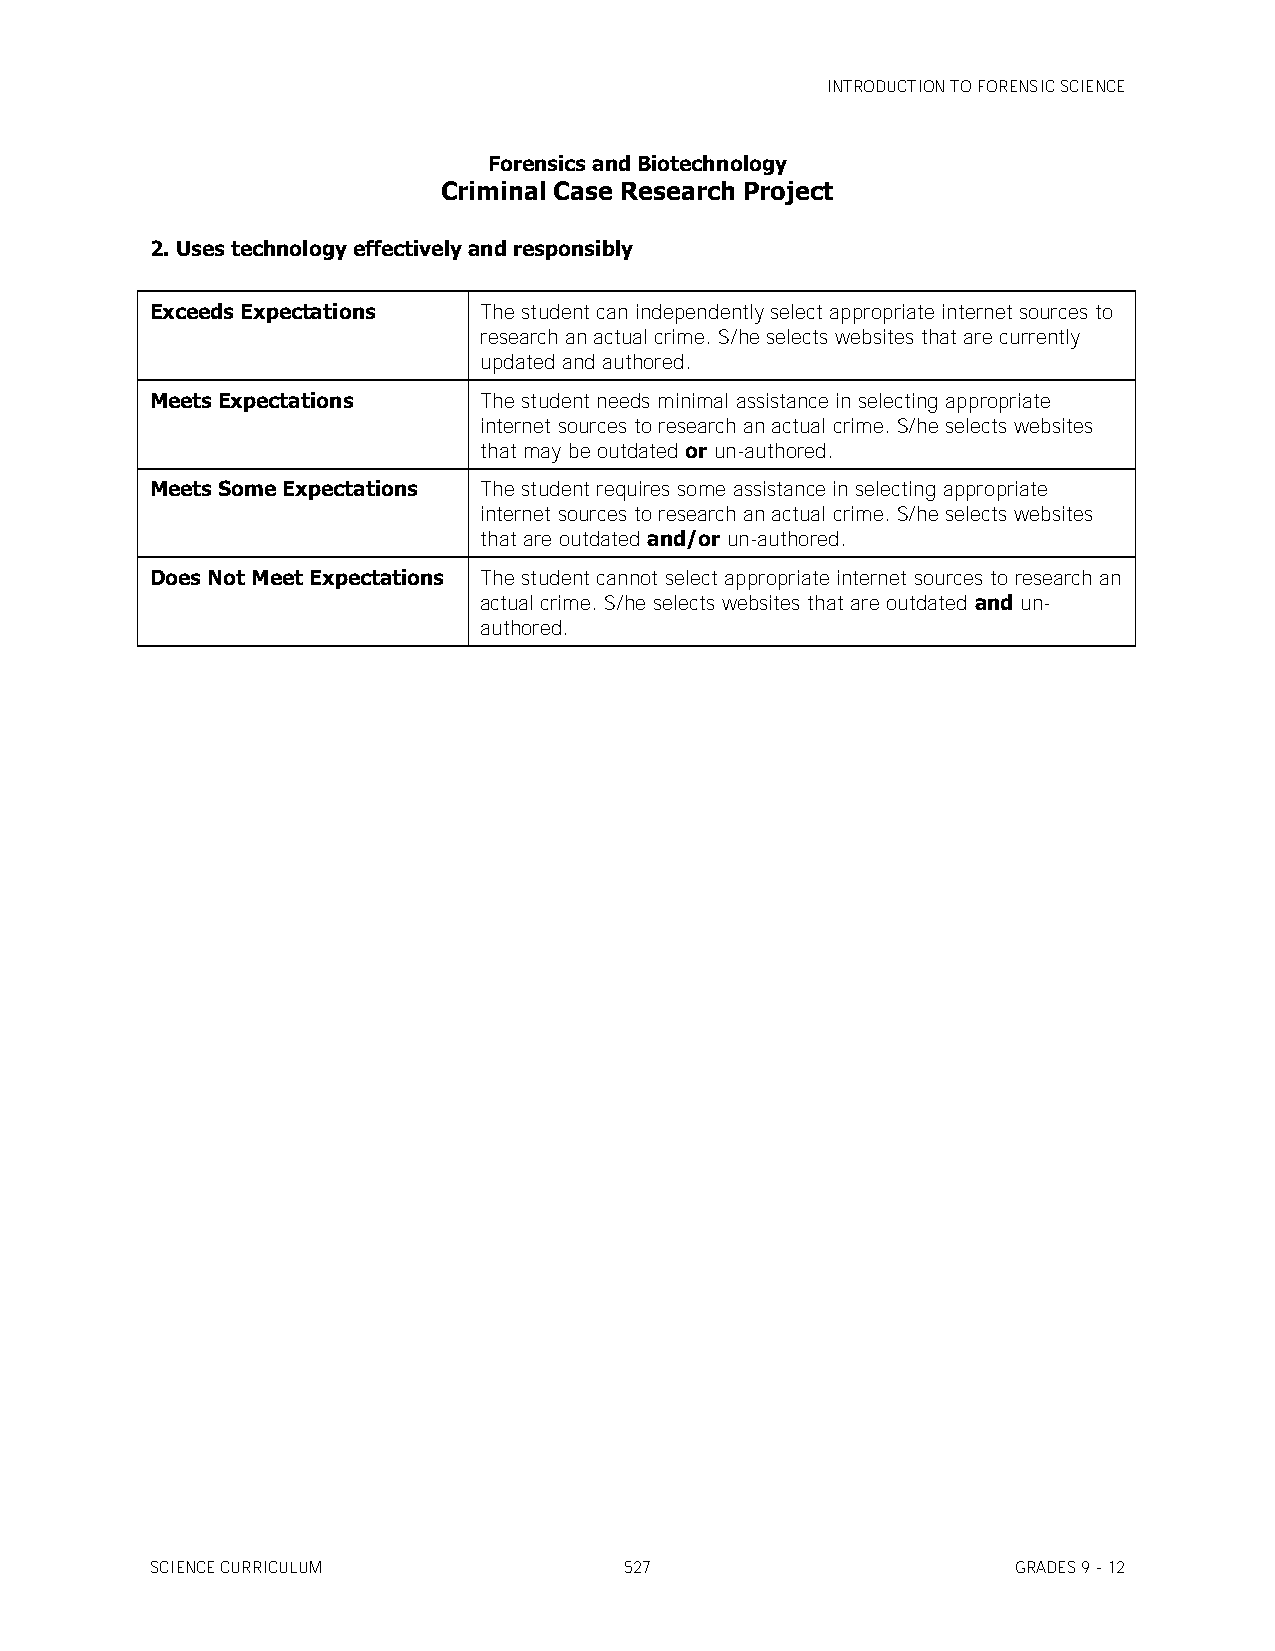
INTRODUCTION TO FORENSIC SCIENCE
 Forensics and Biotechnology
 Criminal Case Research Project
 2. Uses technology effectively and responsibly
 Exceeds Expectations  The student can independently select appropriate internet sources to
 research an actual crime. S/he selects websites that are currently
 updated and authored.
 Meets Expectations    The student needs minimal assistance in selecting appropriate
 internet sources to research an actual crime. S/he selects websites
 that may be outdated or un-authored.
 Meets Some Expectations The student requires some assistance in selecting appropriate
 internet sources to research an actual crime. S/he selects websites
 that are outdated and/or un-authored.
 Does Not Meet Expectations The student cannot select appropriate internet sources to research an
 actual crime. S/he selects websites that are outdated and un-
 authored.
 SCIENCE CURRICULUM             527                       GRADES 9 - 12